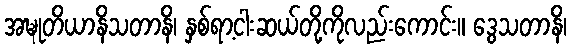
အဍ္ဎုတိယာနိသတာနိ၊ နှစ်ရာ့ငါးဆယ်တို့ကိုလည်းကောင်း။ ဒွေသတာနိ၊